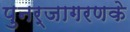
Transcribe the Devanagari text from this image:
पुनर्जागरणके